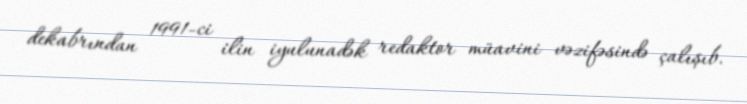
dekabrından 1991-ci ilin iyulunadək redaktor müavini vəzifəsində çalışıb.